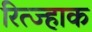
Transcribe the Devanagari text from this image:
रित्ज्हाक